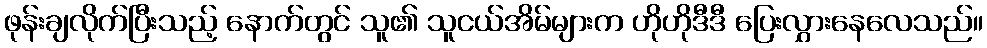
ဖုန်းချလိုက်ပြီးသည့် နောက်တွင် သူ၏ သူငယ်အိမ်များက ဟိုဟိုဒီဒီ ပြေးလွှားနေလေသည်။